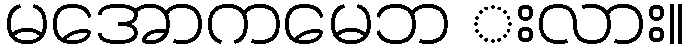
မအောကမေဘ းလား။